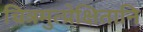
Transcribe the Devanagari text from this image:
चित्रमुत्प्रेक्षितानि